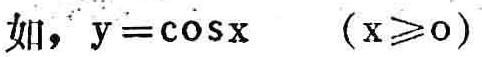
如，$y = \cos x\quad (x\geqslant0)$